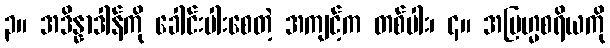
၃။ အဒိန္နာဒါန်ကို ခေါင်းပါးစေတဲ့ အကျင့်က တစ်ပါး၊ ၄။ အဗြဟ္မစရိယကို